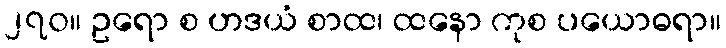
၂၇၀။ ဥရော စ ဟဒယံ စာထ၊ ထနော ကုစ ပယောဓရာ။